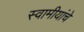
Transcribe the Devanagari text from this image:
स्वामीयांचे